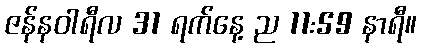
ဇန်နဝါရီလ 31 ရက်နေ့ ည 11:59 နာရီ။